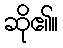
ဆို၏။